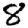
Digit: 8